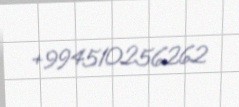
+994510256262